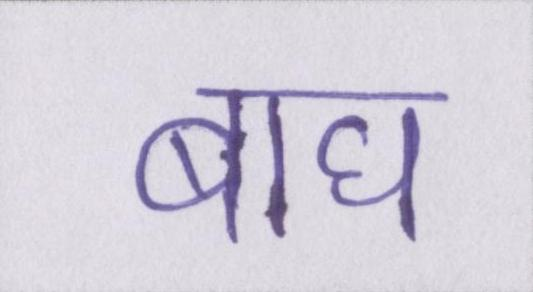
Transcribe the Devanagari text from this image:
बाघ